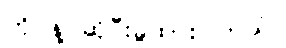
ကို နဲ့ ဆိုပီးခွဲထားပါတယ်။